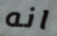
انه